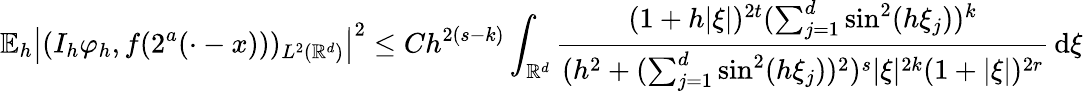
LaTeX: \mathbb{E}_{h}\left|(I_{h}\varphi_{h},f(2^{a}(\cdot-x)))_{L^{2}(\mathbb{R}^{d})}\right|^{2}\le Ch^{2(s-k)}\int_{\mathbb{R}^{d}}\frac{(1+h|\xi|)^{2t}(\sum_{j=1}^{d}\sin^{2}(h\xi_{j}))^{k}}{(h^{2}+(\sum_{j=1}^{d}\sin^{2}(h\xi_{j}))^{2})^{s}|\xi|^{2k}(1+|\xi|)^{2r}}\, \mathrm{d}\xi